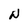
Character: W